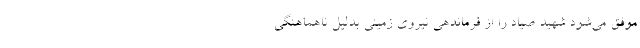
موفق می‌شود شهید صیاد را از فرماندهی نیروی زمینی بدلیل ناهماهنگی